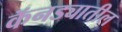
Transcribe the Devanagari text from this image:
कॅनड्यातील